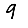
Digit: 9